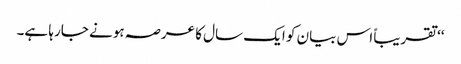
‘‘ تقریباً اس بیان کو ایک سال کا عرصہ ہونے جارہا ہے۔